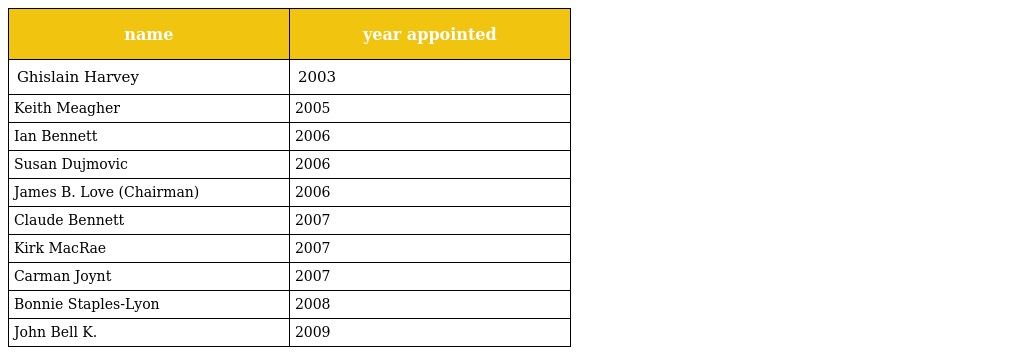
| name | year appointed |
 | --- | --- |
 | Ghislain Harvey | 2003 |
 | Keith Meagher | 2005 |
 | Ian Bennett | 2006 |
 | Susan Dujmovic | 2006 |
 | James B. Love (Chairman) | 2006 |
 | Claude Bennett | 2007 |
 | Kirk MacRae | 2007 |
 | Carman Joynt | 2007 |
 | Bonnie Staples-Lyon | 2008 |
 | John Bell K. | 2009 |